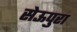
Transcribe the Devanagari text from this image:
सेऊपुरा